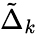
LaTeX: \tilde{\Delta}_{k}